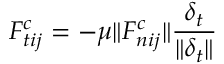
F _ { t i j } ^ { c } = - \mu \| F _ { n i j } ^ { c } \| \frac { \delta _ { t } } { \| \delta _ { t } \| }